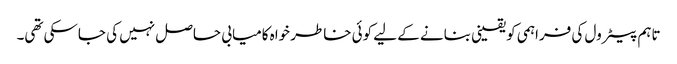
تاہم پیٹرول کی فراہمی کو یقینی بنانے کے لیے کوئی خاطر خواہ کامیابی حاصل نہیں کی جاسکی تھی۔